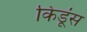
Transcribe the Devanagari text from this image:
किडूंस